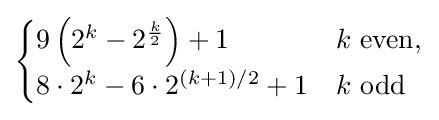
{\begin{cases}9\left(2^{k}-2^{\frac {k}{2}}\right)+1&k{\text{ even}},\\8\cdot 2^{k}-6\cdot 2^{(k+1)/2}+1&k{\text{ odd}}\end{cases}}